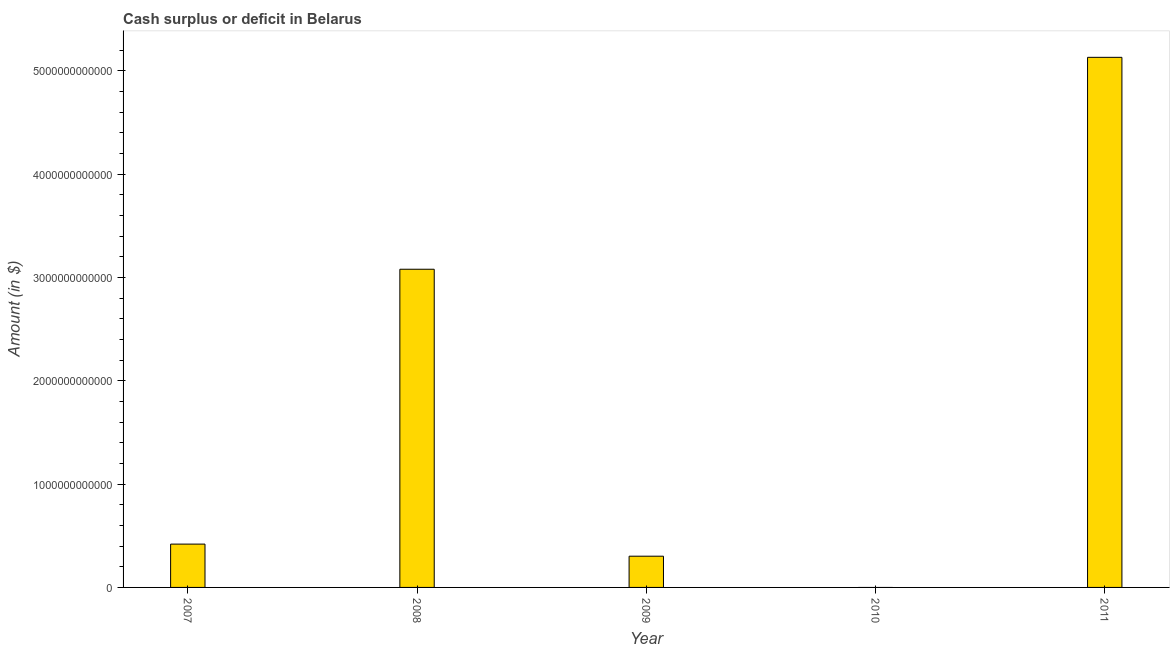
| Year | Cash surplus or deficit |
 | --- | --- |
 | 2007 | 4.19e+11 |
 | 2008 | 3.08e+12 |
 | 2009 | 3.02e+11 |
 | 2010 | -2.47e+12 |
 | 2011 | 5.13e+12 |